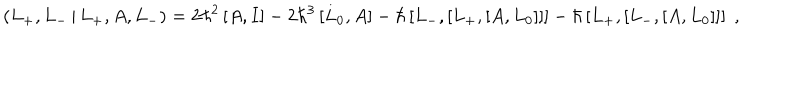
\left( L _ { + } , L _ { - } \, | \, L _ { + } , A , L _ { - } \right) = 2 \hbar ^ { 2 } \left[ A , I \right] - 2 \hbar ^ { 3 } \left[ L _ { 0 } , A \right] - \hbar \left[ L _ { - } , \left[ L _ { + } , \left[ A , L _ { 0 } \right] \right] \right] - \hbar \left[ L _ { + } , \left[ L _ { - } , \left[ A , L _ { 0 } \right] \right] \right] \; ,